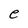
Character: e